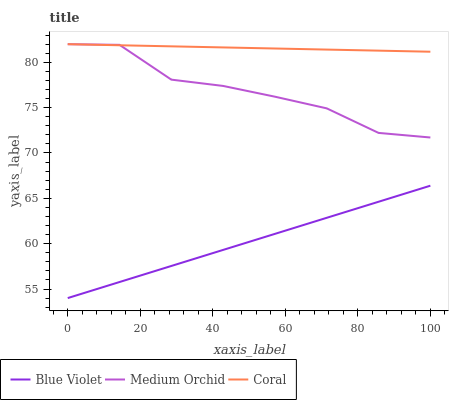
| xaxis_label | Blue Violet | Medium Orchid | Coral |
 | --- | --- | --- | --- |
 | 0 | 54 | 82 | 82 |
 | 14.3 | 55.8 | 81.9 | 81.9 |
 | 28.6 | 57.5 | 78.1 | 81.8 |
 | 42.9 | 59.3 | 77.4 | 81.6 |
 | 57.1 | 61.1 | 76.2 | 81.5 |
 | 71.4 | 62.9 | 74.9 | 81.4 |
 | 85.7 | 64.6 | 72.2 | 81.3 |
 | 100 | 66.4 | 71.7 | 81.2 |